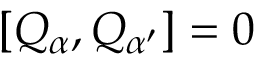
[ Q _ { \alpha } , Q _ { \alpha ^ { \prime } } ] = 0